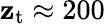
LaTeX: \mathbf{z}_{\mathrm{{t}}}\approx200